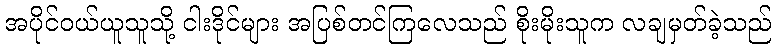
အပိုင်ဝယ်ယူသူသို့ ငါးဒိုင်များ အပြစ်တင်ကြလေသည် စိုးမိုးသူက လချမှတ်ခဲ့သည်